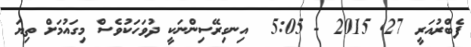
ފެބްރުއަރީ 27